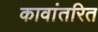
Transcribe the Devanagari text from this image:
कावांतरित